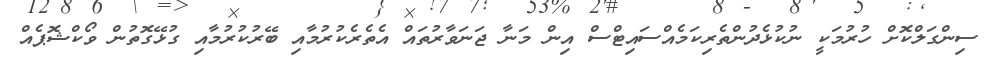
ސިންގަލްކޮށް ހުރުމަކީ ނުކުޅެދުންތެރިކަމެއްސައިޓްސް އިން މަނާ ޖަނަވާރުތައް އެތެރެކުރުމާއި ބޭރުކުރުމާއި ގުޅޭގޮތުން ވޯކްޝޮޕެއް